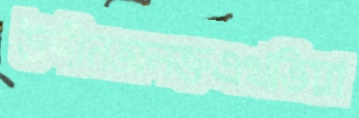
উদ্দীনঅলক্তএখতিয়া